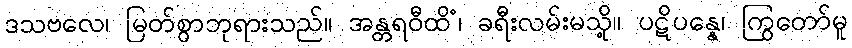
ဒသဗလေ၊ မြတ်စွာဘုရားသည်။ အန္တရဝီထိံ၊ ခရီးလမ်းမသို့။ ပဋိပန္နေ၊ ကြွတော်မူ